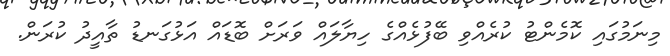
މިނަމުގައި ކޮމެންޓު ކުރެއްވި ބޭފުޅެއްގެ ހިޔާލައް ވަރަށް ބޮޑައް އަޅުގަނޑު ތާއީދު ކުރަން.